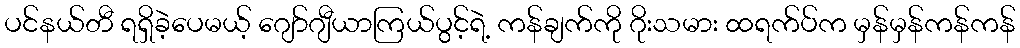
ပင်နယ်တီ ရရှိခဲ့ပေမယ့် ဂျော်ဂျီယာကြယ်ပွင့်ရဲ့ ကန်ချက်ကို ဂိုးသမား ထရက်ပ်က မှန်မှန်ကန်ကန်